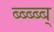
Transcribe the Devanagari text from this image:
ब्ब्ब्ब्ब्